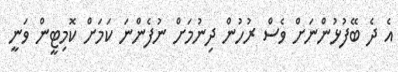
އެ ދެ ބޭފުޅުންނަށް ވެސް ރުހުން ދިނުމަށް ނުފެންނަ ކަމަށް ކޮމިޓީން ވަނީ